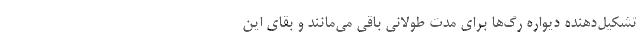
تشکیل‌دهنده دیواره رگ‌ها برای مدت طولانی باقی می‌مانند و بقای این